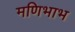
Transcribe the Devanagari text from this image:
मणिभाभ